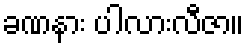
ခဏနား ပါလားလီဇာ။